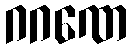
ဂဂဏေ